Dysentery in Hazaribagh Central Jail - Number 52
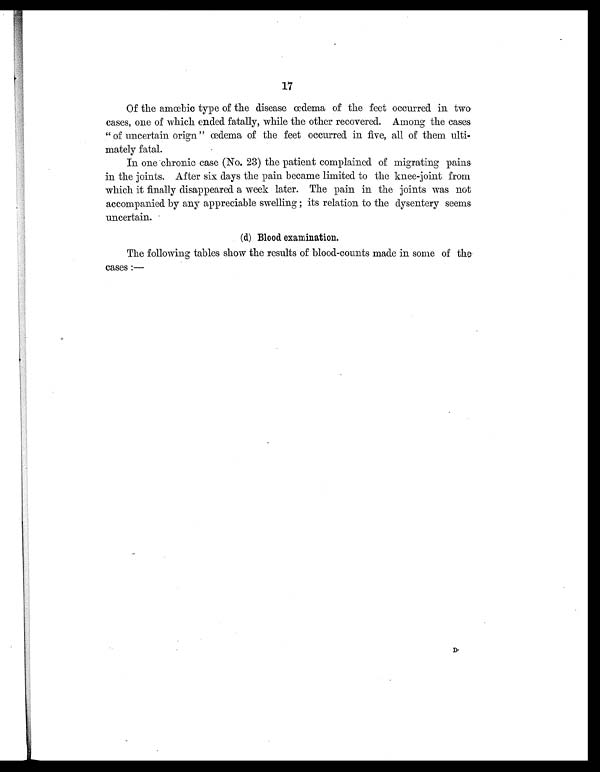
17
Of the amœbic type of the disease œdema of the feet occurred in two
cases, one of which ended fatally, while the other recovered. Among the cases
"of uncertain orign" œdema of the feet occurred in five, all of them ulti-
mately fatal.
In one chronic case (No. 23) the patient complained of migrating pains
in the joints. After six days the pain became limited to the knee-joint from
which it finally disappeared a week later. The pain in the joints was not
accompanied by any appreciable swelling; its relation to the dysentery seems
uncertain.
(d) Blood examination.
The following tables show the results of blood-counts made in some of the
cases:—